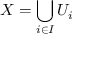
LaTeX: X = \bigcup _ { i \in I } U _ { i }